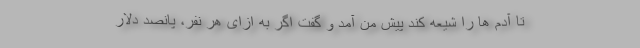
تا آدم ها را شیعه کند پیش من آمد و گفت اگر به ازای هر نفر، پانصد دلار